Vaccination report Assam 1896-1927 - 1896-1927
Year: 1896
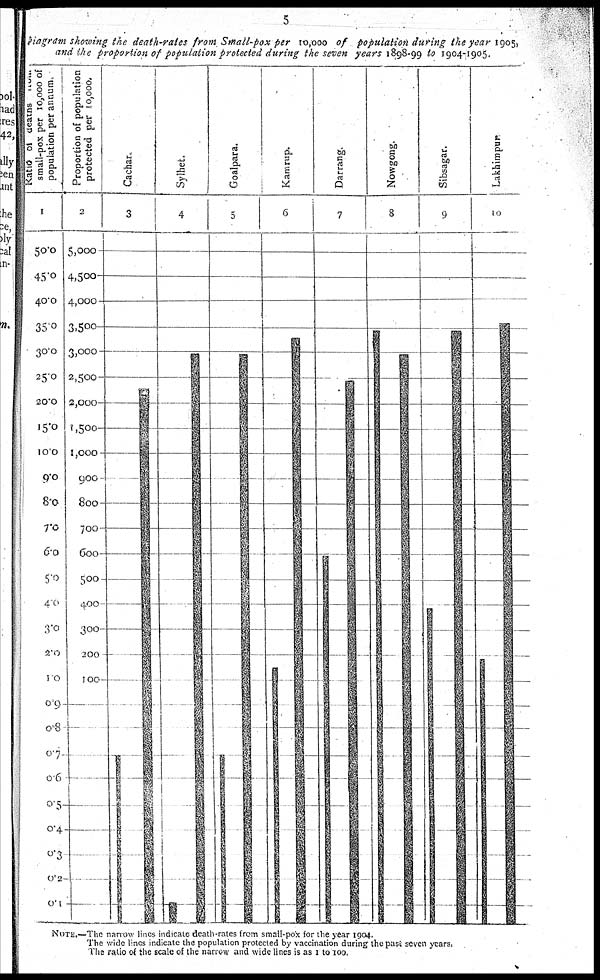
5
Diagram showing the death-rates from Small-pox per 10,000 of population during the year 1905,
and the proportion of population protected during the seven years 1898-99 to 1904-1905.
NOTE.—The nanow lines indicate death-rates from small-pox for the year 1904.
The wide lines indicate the population protected by vaccination during the past seven years.
The ratio of the scale of the narrow and wide lines is as 1 to 100.